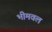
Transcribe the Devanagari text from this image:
भीमवल